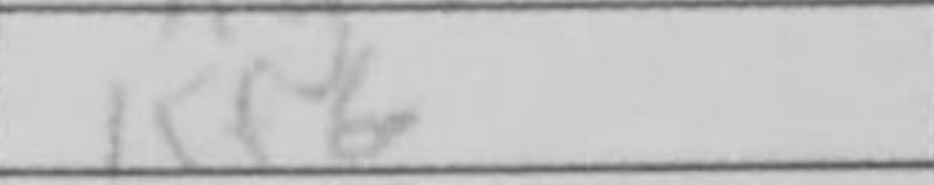
Transcription: Kf6